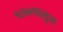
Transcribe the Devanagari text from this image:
१८७०पासून